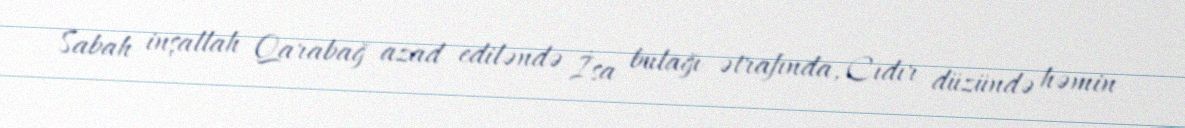
Sabah inşallah Qarabağ azad ediləndə İsa bulağı ətrafında, Cıdır düzündə həmin